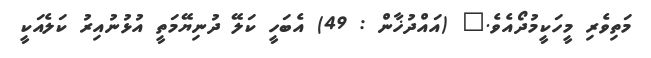
މަތިވެރި މީހަކީމުދޯއެވެ." (އައްދުޚާން : 49) އެބަހީ ކަލޭ ދުނިޔޭމަތީ އުޅުނުއިރު ކަލެއަކީ